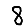
Digit: 8